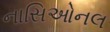
નાસિઓનલ